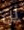
لن